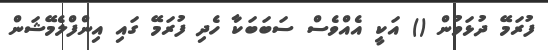
ފުރަމޭ ދުޅަވުން () އަކީ އެއްވެސް ސަބަބަކާ ހެދި ފުރަމޭ ގައި އިންފްލެމޭޝަން